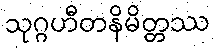
သုဂ္ဂဟီတနိမိတ္တဿ